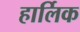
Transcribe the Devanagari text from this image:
हार्लिक